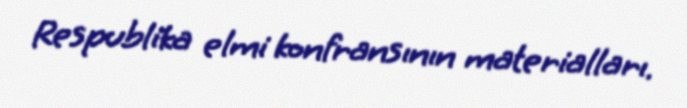
Respublika elmi konfransının materialları.